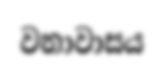
වනාවාසය